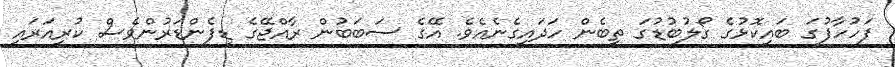
ފަހުހާފުގަ ބައިކޮޅުގެ ގޯލުބުޑުގަ ތިބެން ހަދައިގެނެއެވެ. އޭގެ ސަބަބުން ރާއްޖޭގެ ޑިފެންޑަރުންވެސް ކުރިއަރައި